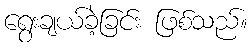
ရွေးချယ်ခဲ့ခြင်း ဖြစ်သည်။